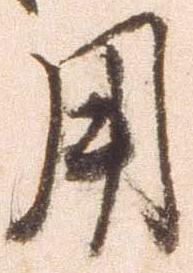
用